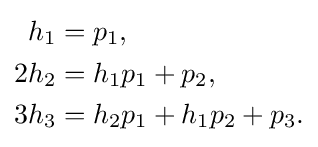
{\begin{aligned}h_{1}&=p_{1},\\2h_{2}&=h_{1}p_{1}+p_{2},\\3h_{3}&=h_{2}p_{1}+h_{1}p_{2}+p_{3}.\\\end{aligned}}